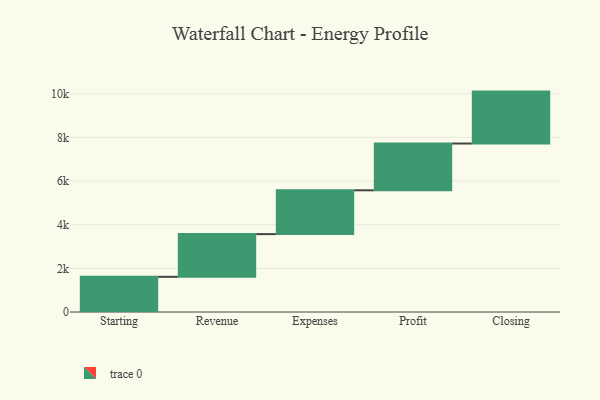
{"axis": {"x": "Step", "y": "Value"}, "legend": [""], "data": [{"x": "Starting", "y": 1612.0, "type": ""}, {"x": "Revenue", "y": 1956.0, "type": ""}, {"x": "Expenses", "y": 2007.0, "type": ""}, {"x": "Profit", "y": 2143.0, "type": ""}, {"x": "Closing", "y": 2378.0, "type": ""}]}